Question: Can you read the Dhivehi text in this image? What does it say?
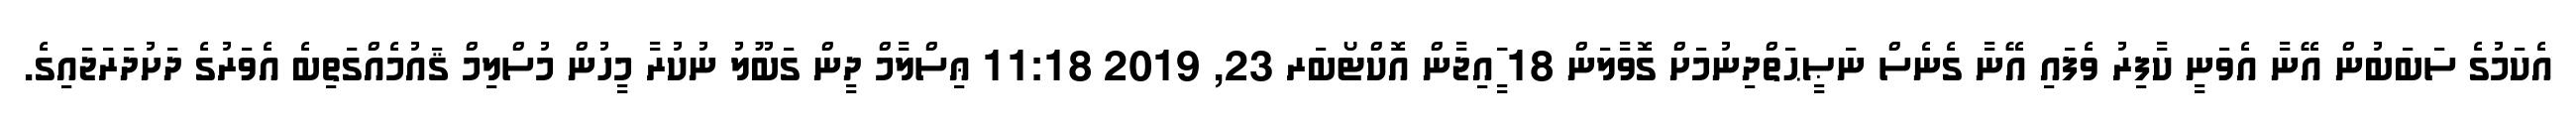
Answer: އެކަމުގެ ސަބަބުން އޭނާ އެވަނީ ކާފިރު ވެފައި އޭނާ ގެނެސް ނަޞީޙަތްދިނުމަށް ގޮވާލަން 18 ީަައިޖާން އޮކްޓޯބަރ 23, 2019 11:18 ޢިސްލާމް ދީން ގަބޫލު ނުކުރާ މީހުން މުސްލިމް ޤައުމެއްގަތިބެ އެވަރުގެ ދަށުދަރަޖައިގެ.